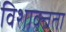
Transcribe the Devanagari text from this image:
विशाक्तता